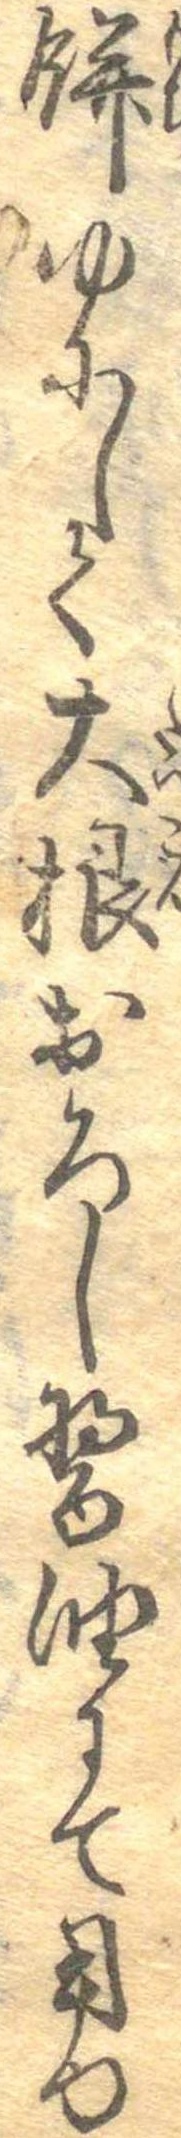
餅ゆにして大根おろし醤油にて用ゆ